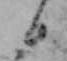
日